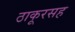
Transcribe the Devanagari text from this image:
ठाकूरसह